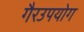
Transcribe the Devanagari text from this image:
गैरउपयोग